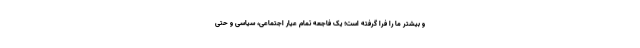
و بیشتر ما را فرا گرفته است؛ یک فاجعه تمام عیار اجتماعی، سیاسی و حتی